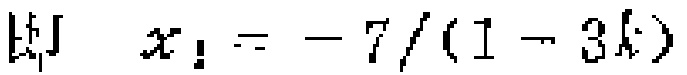
则 \(x_{1}=-7/(1 - 3k)\)